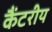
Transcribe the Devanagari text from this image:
कैंटरीय